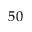
5 0